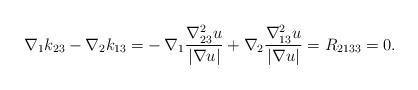
LaTeX: \begin{align*} \nabla_1k_{23}-\nabla_2k_{13}=&-\nabla_1\frac{\nabla^2_{23}u}{|\nabla u|}+\nabla_2\frac{\nabla^2_{13}u}{|\nabla u|}=R_{2133}=0.\end{align*}